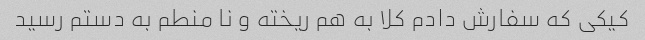
کیکی که سفارش دادم کلا به هم ریخته و نا منطم به دستم رسید